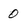
Character: 0